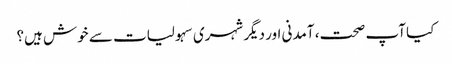
کیا آپ صحت، آمدنی اور دیگر شہری سہولیات سے خوش ہیں؟